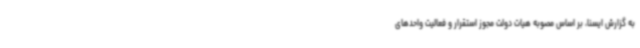
به گزارش ایسنا، بر اساس مصوبه هیات دولت مجوز استقرار و فعالیت واحدهای